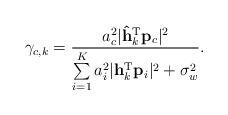
\begin{align*} \gamma_{c,k}&=\frac{a_c^2\lvert \mathbf{\hat{h}}_k^{\textrm{T}}\mathbf{p}_c\rvert^2}{\sum\limits_{i=1}^K a_i^2\lvert \mathbf{h}_k^{\textrm{T}}\mathbf{p}_i\rvert^2+\sigma_w^2}.\end{align*}